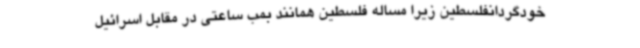
خودگردانفلسطین زیرا مساله فلسطین همانند بمب ساعتی در مقابل اسرائیل